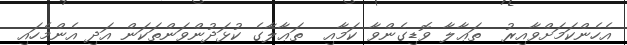
އެހެންކަމަށްވާއިރު  ތަޢާލާ ވޮޑިގެންވާ ކަމާއި  ތަޢާލާގެ ކުޅަދުންވަންތަކަން އަދި އެންމެހައި